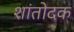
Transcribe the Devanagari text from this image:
शांतोदक